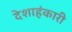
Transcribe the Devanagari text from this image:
देशाहंकारी